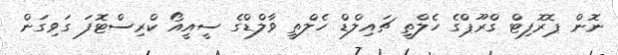
ނޮން ޕޮރޮފިޓް ގްރޫޕްގެ ހެލްތީ ޗައިލްޑް ހެލްތީ ވާލްޑްގެ ސީއީއޯ ކްރިސްޓޮފަ ގަވިގަން